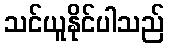
သင်ယူနိုင်ပါသည်